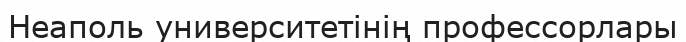
Неаполь университетінің профессорлары